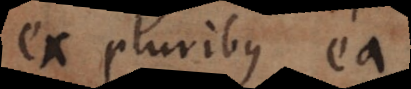
ex pluribus ea